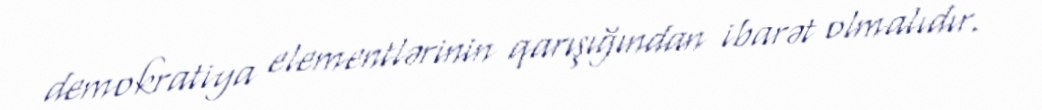
demokratiya elementlərinin qarışığından ibarət olmalıdır.